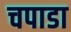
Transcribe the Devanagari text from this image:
चपाडा